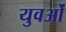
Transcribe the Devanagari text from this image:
युवओं